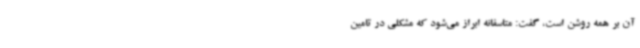
آن بر همه روشن است، گفت: متاسفانه ابراز می‌شود که مشکلی در تامین